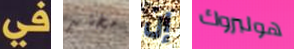
في مختبر إن هولبروك